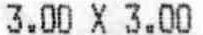
3.00 X 3.00